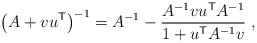
\begin{align*}\left( A + v u^{\sf T} \right)^{-1} =A^{-1} - \frac{A^{-1} v u^{\sf T} A^{-1}}{1 + u^{\sf T} A^{-1} v} \;,\end{align*}